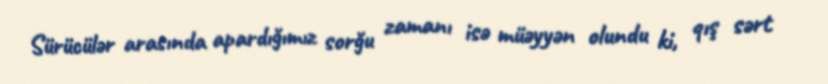
Sürücülər arasında apardığımız sorğu zamanı isə müəyyən olundu ki, qış sərt